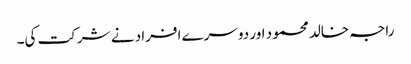
راجہ خالد محمود اور دوسرے افراد نے شرکت کی۔